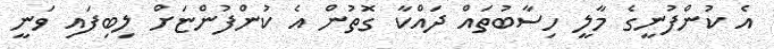
އެ ކުންފުނީގެ މާލީ ހިސާބުތައް ދައްކާ ގޮތުން އެ ކުންފުންޏަށް ލިބިފައި ވަނީ